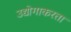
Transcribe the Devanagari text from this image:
उद्योगाकरता